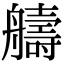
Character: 𫇠